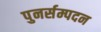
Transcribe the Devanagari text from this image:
पुनर्सम्पदन